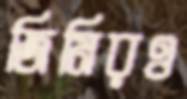
জিমিরও